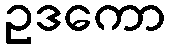
ဥဒကော